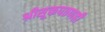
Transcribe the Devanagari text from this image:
श्रीसूक्तपठणही